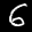
Label: 6